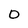
Character: 0